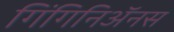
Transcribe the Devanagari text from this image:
गिंगिनिॲनस